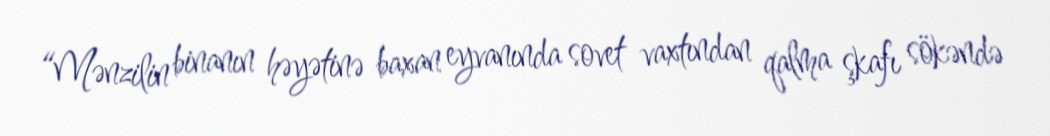
“Mənzilin binanın həyətinə baxan eyvanında sovet vaxtından qalma şkafı sökəndə